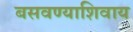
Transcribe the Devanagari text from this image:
बसवण्याशिवाय